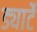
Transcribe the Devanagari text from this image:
ड्यार्टे